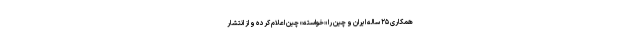
همکاری ۲۵ ساله ایران و چین را «خواسته» چین اعلام کرده و از انتشار